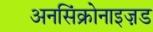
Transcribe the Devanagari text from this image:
अनसिंक्रोनाइज़ड